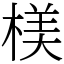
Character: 𣖙